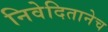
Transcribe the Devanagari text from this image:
निवेदितानेच